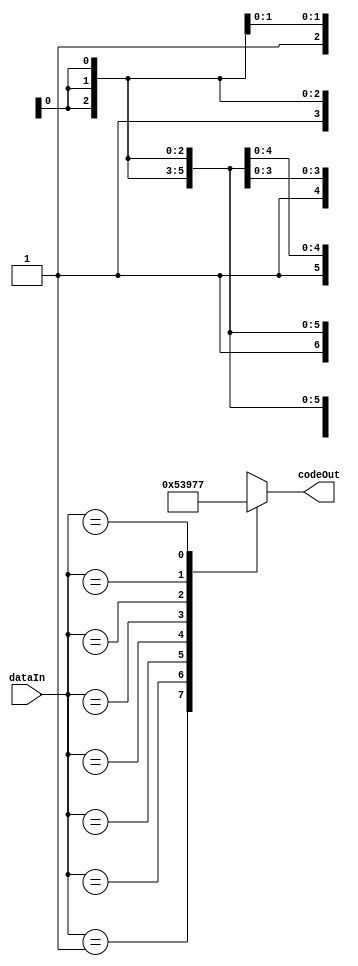
module PriorityEncoder8to3(input [7:0] dataIn, output [2:0] codeOut);
  reg [7:0] inputReg;
  reg [2:0] codeReg;

  always @(dataIn) begin
    inputReg <= dataIn;
    case (inputReg)
      8'b00000001: codeReg <= 3'b000;
      8'b0000001X: codeReg <= 3'b001;
      8'b000001XX: codeReg <= 3'b010;
      8'b00001XXX: codeReg <= 3'b011;
      8'b0001XXXX: codeReg <= 3'b100;
      8'b001XXXXX: codeReg <= 3'b101;
      8'b01XXXXXX: codeReg <= 3'b110;
      8'b1XXXXXXX: codeReg <= 3'b111;
      default: codeReg <= 3'bxxx;
    endcase
  end
  assign codeOut = codeReg;
endmodule